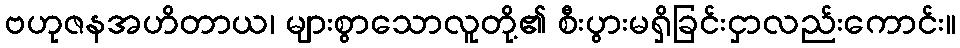
ဗဟုဇနအဟိတာယ၊ များစွာသောလူတို့၏ စီးပွားမရှိခြင်းငှာလည်းကောင်း။